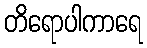
တိရောပါကာရေ